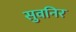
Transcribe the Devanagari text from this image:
सुवनिर